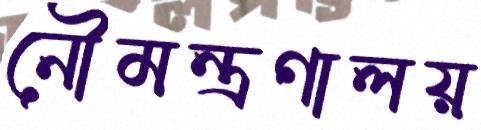
নৌমন্ত্রণালয়